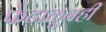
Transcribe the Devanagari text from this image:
फेटाळूनही